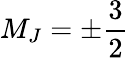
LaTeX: M_{J}=\pm\frac{3}{2}